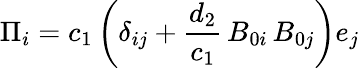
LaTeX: {\Pi_{i}}={c_{1}}\left({{\delta_{ij}}+\frac{{{d_{2}}}}{{{c_{1}}}}\, {B_{0i}}\, {B_{0j}}}\right){e_{j}}